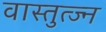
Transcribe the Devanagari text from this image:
वास्तुत्ज्न